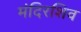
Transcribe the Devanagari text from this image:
मंदिरशिव